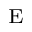
^ \mathrm { E }